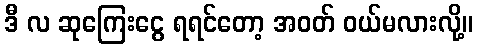
ဒီ လ ဆုကြေးငွေ ရရင်တော့ အဝတ် ဝယ်မလားလို့။